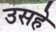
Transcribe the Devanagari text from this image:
उसहे